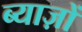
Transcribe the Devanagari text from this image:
ब्याज़ों